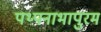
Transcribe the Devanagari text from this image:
पथ्पनाभापुरम